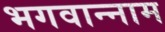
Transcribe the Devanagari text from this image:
भगवान्नाम